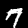
Digit: 7